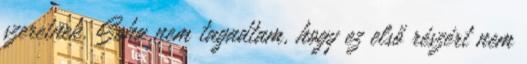
szeretnek. Soha nem tagadtam, hogy ez első részért nem